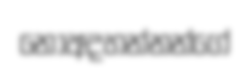
නොඅදහන්නන්ගේ